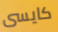
كايسى